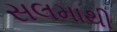
સલમાથી